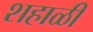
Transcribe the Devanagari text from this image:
शहाळी